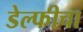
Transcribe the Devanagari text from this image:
डेल्फीचा